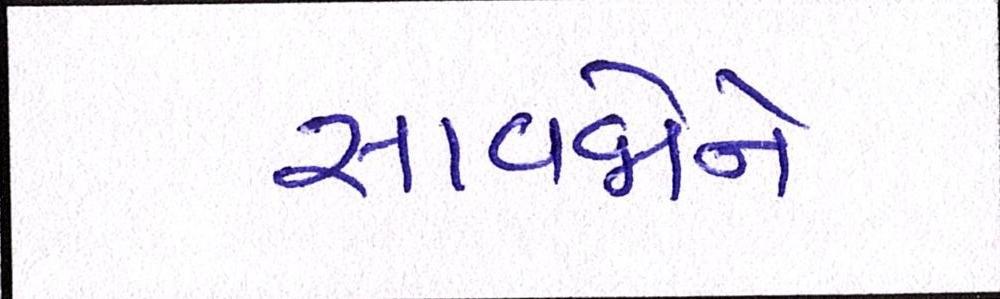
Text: સાવજોને